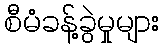
စီမံခန့်ခွဲမှုများ